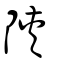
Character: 陝